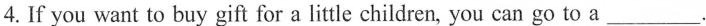
4.If you want to buy gift for a little children, you can go to a ___.